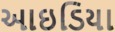
આઇડિયા